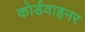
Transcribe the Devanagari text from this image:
कोर्डवाइनर